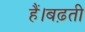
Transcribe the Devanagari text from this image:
हैं।बढ़ती